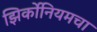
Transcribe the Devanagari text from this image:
झिर्कोनियमचा